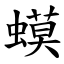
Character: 蟆